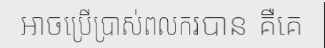
អាចប្រើប្រាស់ពលករបាន គឺគេ